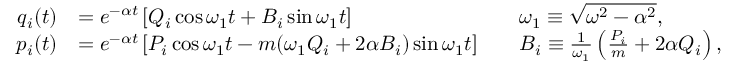
{ \begin{array} { r l r l } { q _ { i } ( t ) } & { = e ^ { - \alpha t } \left[ Q _ { i } \cos { \omega _ { 1 } t } + B _ { i } \sin { \omega _ { 1 } t } \right] } & & { \omega _ { 1 } \equiv { \sqrt { \omega ^ { 2 } - \alpha ^ { 2 } } } , } \\ { p _ { i } ( t ) } & { = e ^ { - \alpha t } \left[ P _ { i } \cos { \omega _ { 1 } t } - m ( \omega _ { 1 } Q _ { i } + 2 \alpha B _ { i } ) \sin { \omega _ { 1 } t } \right] } & & { B _ { i } \equiv { \frac { 1 } { \omega _ { 1 } } } \left( { \frac { P _ { i } } { m } } + 2 \alpha Q _ { i } \right) , } \end{array} }